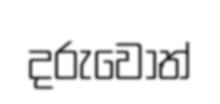
දරුවෝත්